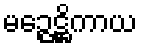
မဉ္ဇေဋ္ဌိကာယ